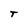
Character: T